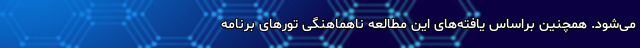
می‌شود. همچنین براساس یافته‌های این مطالعه ناهماهنگی تورهای برنامه